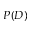
P ( D )